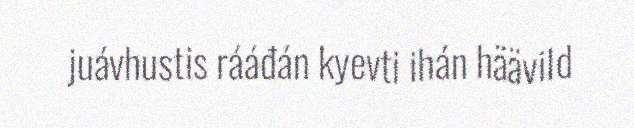
juávhustis rááđán kyevti ihán häävild